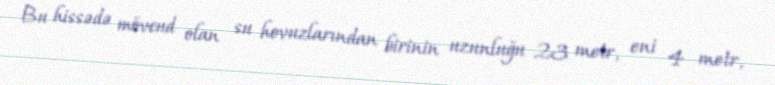
Bu hissədə mövcud olan su hovuzlarından birinin uzunluğu 23 metr, eni 4 metr,